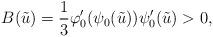
LaTeX: \begin{align*} B(\tilde{u}) = \frac{1}{3}\varphi_{0}'(\psi_{0}(\tilde{u}))\psi_{0}'(\tilde{u}) > 0,\end{align*}